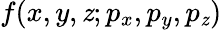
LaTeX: f(x,y,\mathit{z};p_{x},p_{y},p_{\mathit{z}})